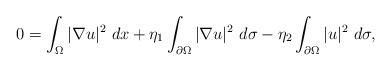
LaTeX: \begin{align*}0=\int_\Omega |\nabla u|^2\ dx+\eta_1 \int_{\partial \Omega} |\nabla u|^2 \ d\sigma-\eta_2 \int_{\partial \Omega} |u|^2 \ d\sigma,\end{align*}